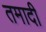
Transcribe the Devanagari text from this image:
तमादी